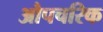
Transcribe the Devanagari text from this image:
औपचरिक